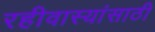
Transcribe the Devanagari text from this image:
रहीवास्यांसाठी